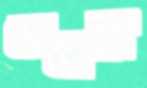
লেদের